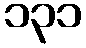
၁၃၁